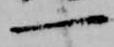
一